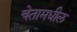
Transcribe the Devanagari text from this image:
चेतामधील